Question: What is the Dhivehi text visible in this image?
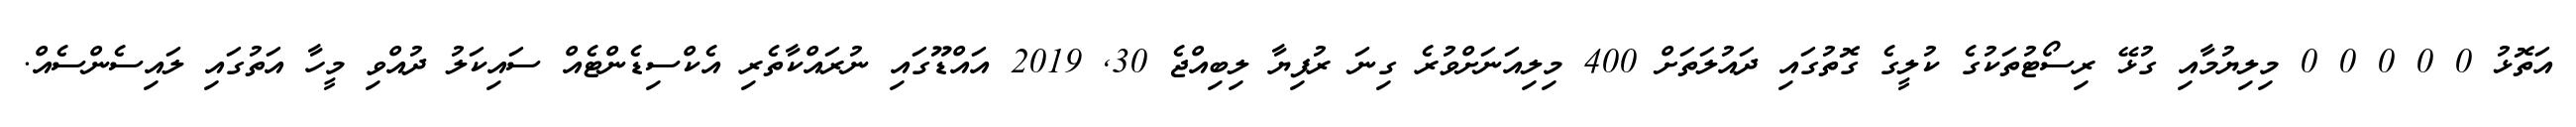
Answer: އަތޮޅު 0 0 0 0 0 މިލިޔުމާއި ގުޅޭ ރިސޯޓުތަކުގެ ކުލީގެ ގޮތުގައި ދައުލަތަށް 400 މިލިއަނަށްވުރެ ގިނަ ރުފިޔާ ލިބިއްޖެ 30, 2019 އައްޑޫގައި ނުރައްކާތެރި އެކްސިޑެންޓެއް ސައިކަލު ދުއްވި މީހާ އަތުގައި ލައިސެންސެއް.